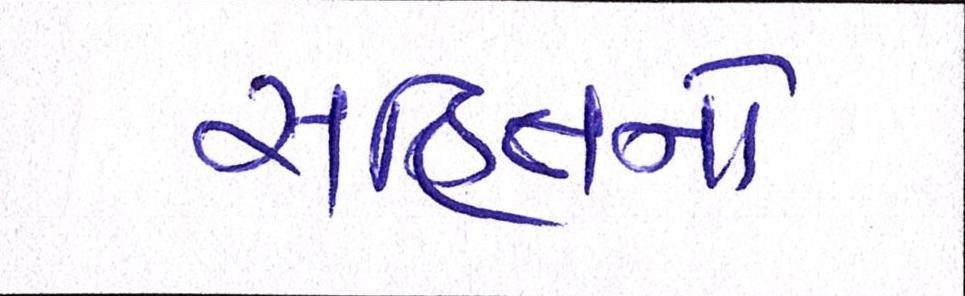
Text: સહિતનો